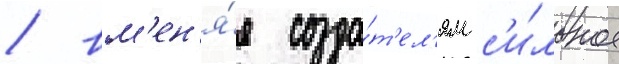
/ вм'ен'я́я созда́т'ел'ям с'и́льное